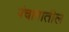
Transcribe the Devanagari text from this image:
पंचागातील